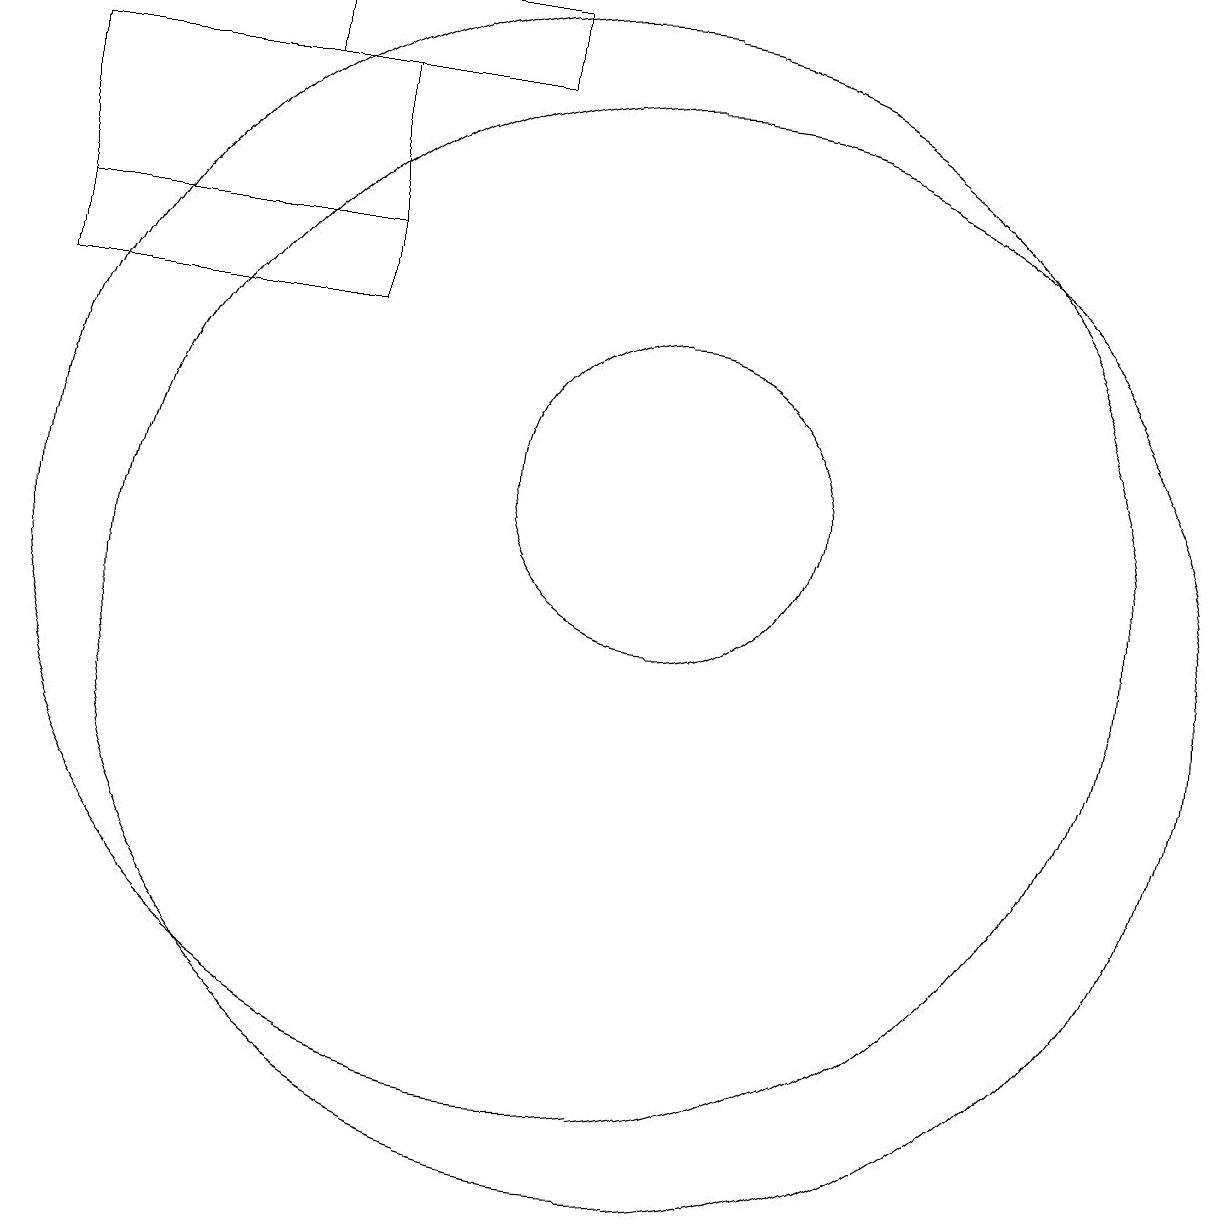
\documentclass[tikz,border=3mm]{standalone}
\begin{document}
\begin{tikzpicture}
\draw (11,10) circle (7);
\draw (11,12) circle (2);
\draw (6,17) rectangle (9,18);
\draw (3,14) rectangle (7,15);
\draw (10,11) circle (7);
\draw (3,17) rectangle (7,15);
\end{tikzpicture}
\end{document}